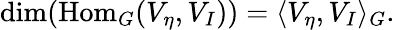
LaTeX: \dim({\mathrm{Hom}}_{G}(V_{\eta},V_{I}))=\langle V_{\eta},V_{I}\rangle_{G}.